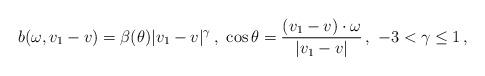
LaTeX: \begin{align*}\begin{aligned}b (\omega, v_1 - v) = \beta (\theta) |v_1 - v|^\gamma \,, \ \cos \theta = \frac{(v_1 - v) \cdot \omega}{|v_1 - v|} \,, \ -3 < \gamma \leq 1 \,,\end{aligned}\end{align*}